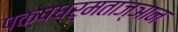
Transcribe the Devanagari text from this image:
पक्षधर्मताज्ञान